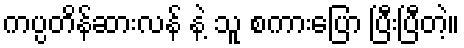
ကပ္ပတိန်ဆားလန် နဲ့ သူ စကားပြော ပြီးပြီတဲ့။